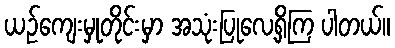
ယဉ်ကျေးမှုတိုင်းမှာ အသုံးပြုလေ့ရှိကြ ပါတယ်။